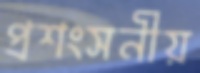
প্রশংসনীয়